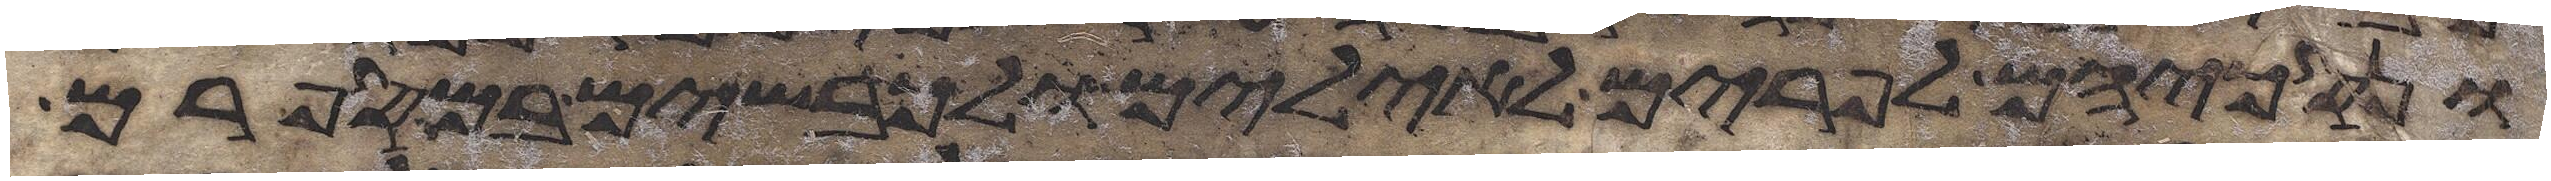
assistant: ונסכיהם לפרים לאילים ולכבשים במספרם